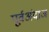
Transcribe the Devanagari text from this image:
पूर्वअंदाज